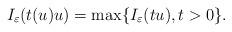
LaTeX: \begin{align*}I_\varepsilon(t(u)u)=\max \{I_\varepsilon(tu), t>0\}.\end{align*}